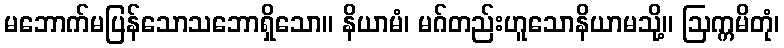
မဘောက်မပြန်သောသဘောရှိသော။ နိယာမံ၊ မဂ်တည်းဟူသောနိယာမသို့။ ဩက္ကမိတုံ၊